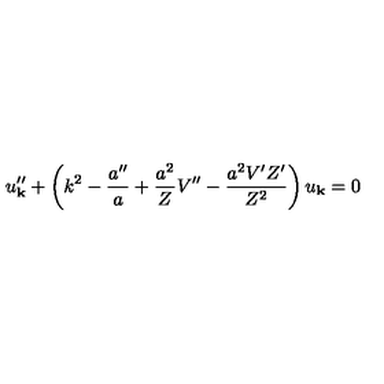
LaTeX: u _ { \bf k } ^ { \prime \prime } + \left( k ^ { 2 } - \frac { a ^ { \prime \prime } } { a } + \frac { a ^ { 2 } } { Z } V ^ { \prime \prime } - \frac { a ^ { 2 } V ^ { \prime } Z ^ { \prime } } { Z ^ { 2 } } \right) u _ { \bf k } = 0